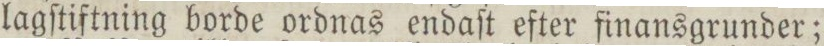
lagſtiftning borde ordnas endaſt efter finansgrunder;